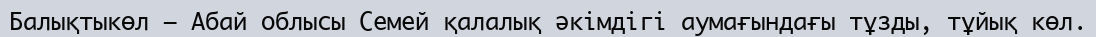
Балықтыкөл – Абай облысы Семей қалалық әкімдігі аумағындағы тұзды, тұйық көл.